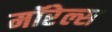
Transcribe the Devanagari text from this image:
मॉरेल्स